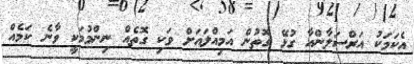
އެކަމަކު އަރްސަލާންއާ ގުޅޭ ގޮތުން އަމިއްލައަށް ވަކި ގޮތެއް ނިންމުމަކީ ވާނެ ކަމެއް